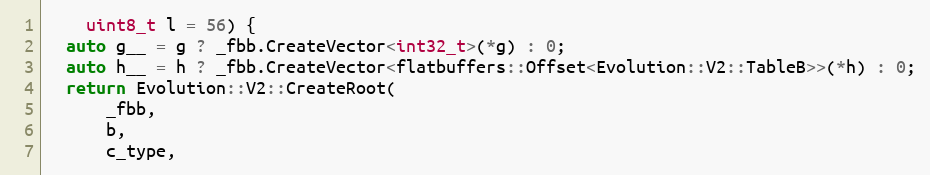
Language: C
    uint8_t l = 56) {
  auto g__ = g ? _fbb.CreateVector<int32_t>(*g) : 0;
  auto h__ = h ? _fbb.CreateVector<flatbuffers::Offset<Evolution::V2::TableB>>(*h) : 0;
  return Evolution::V2::CreateRoot(
      _fbb,
      b,
      c_type,